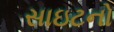
સાઇટનો